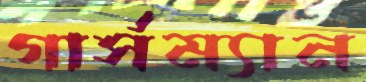
গার্সম্যান